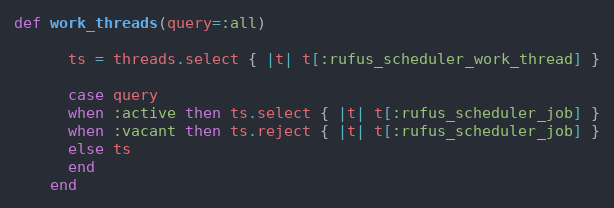
Language: Ruby
def work_threads(query=:all)

      ts = threads.select { |t| t[:rufus_scheduler_work_thread] }

      case query
      when :active then ts.select { |t| t[:rufus_scheduler_job] }
      when :vacant then ts.reject { |t| t[:rufus_scheduler_job] }
      else ts
      end
    end